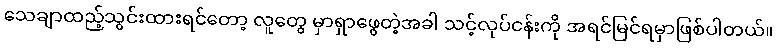
သေချာထည့်သွင်းထားရင်တော့ လူတွေ မှာရှာဖွေတဲ့အခါ သင့်လုပ်ငန်းကို အရင်မြင်ရမှာဖြစ်ပါတယ်။